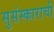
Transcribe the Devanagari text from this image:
सुसंस्काराची